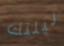
ليلتك